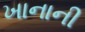
ખાનાની